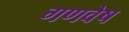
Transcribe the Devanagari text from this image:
गणवेष